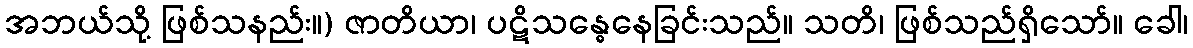
အဘယ်သို့ ဖြစ်သနည်း။) ဇာတိယာ၊ ပဋိသန္ဓေနေခြင်းသည်။ သတိ၊ ဖြစ်သည်ရှိသော်။ ခေါ၊